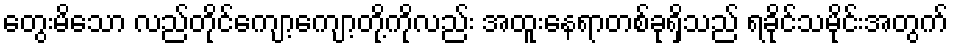
တွေးမိသော လည်တိုင်ကျော့ကျော့တို့ကိုလည်း အထူးနေရာတစ်ခုရှိသည် ရခိုင်သမိုင်းအတွက်